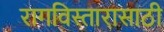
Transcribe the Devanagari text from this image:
रागविस्तारासाठी